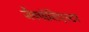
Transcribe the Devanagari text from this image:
जैवपॉलिएस्टर